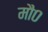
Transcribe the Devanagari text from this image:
मौ०